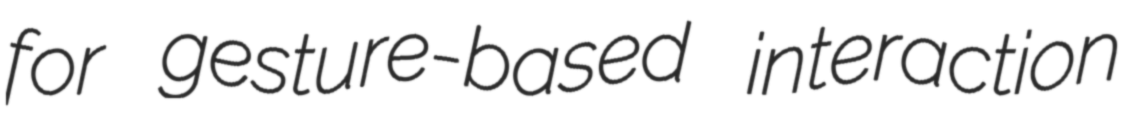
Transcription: for gesture-based interaction